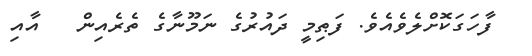
ފާހަގަކޮށްލެވެއެވެ. ފަޠިމީ ދައުރުގެ ނަމޫނާގެ ތެރެއިން   އާއި